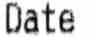
DATE